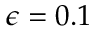
\epsilon = 0 . 1